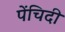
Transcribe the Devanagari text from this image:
पेंचिदी